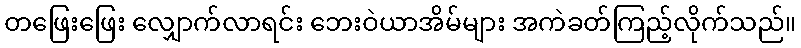
တဖြေးဖြေး လျှောက်လာရင်း ဘေးဝဲယာအိမ်များ အကဲခတ်ကြည့်လိုက်သည်။